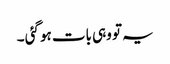
یہ تو وہی بات ہو گئی ۔